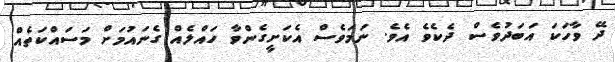
ދޭ ވާހަކަ އަބަދުވެސް ދެކެވެ އެވެ. ނަމަވެސް އެކަށީގެންވާ ހައްލެއް ގެނައުމަށް މަސައްކަތެއް